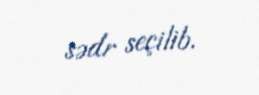
sədr seçilib.